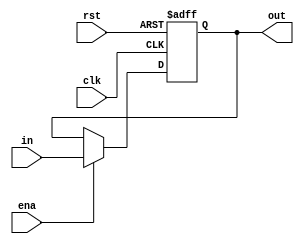
module accum( in, out, ena, clk, rst);
input clk,rst,ena;
input [7:0] in;
output reg [7:0] out;
always @(posedge clk or negedge rst) begin
if(!rst) out <= 8'd0;
else begin
if(ena) out <= in;
else out <= out;
end
end
endmodule